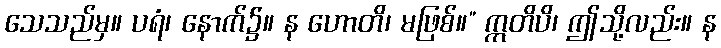
သေသည်မှ။ ပရံ၊ နောက်၌။ န ဟောတိ၊ မဖြစ်။” ဣတိပိ၊ ဤသို့လည်း။ န